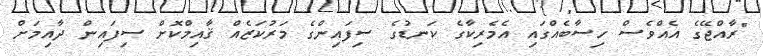
"ރާއްޖޭގެ އެއްވެސް ހިސާބެއްގައި އެމެރިކާގެ ކަނޑުގެ ސިފައިންގެ މަރުކަޒެއް ޤާއިމްކޮށް ސިފައިން ދާއިމަށް